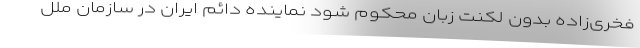
فخری‌زاده بدون لکنت زبان محکوم شود نماینده دائم ایران در سازمان ملل